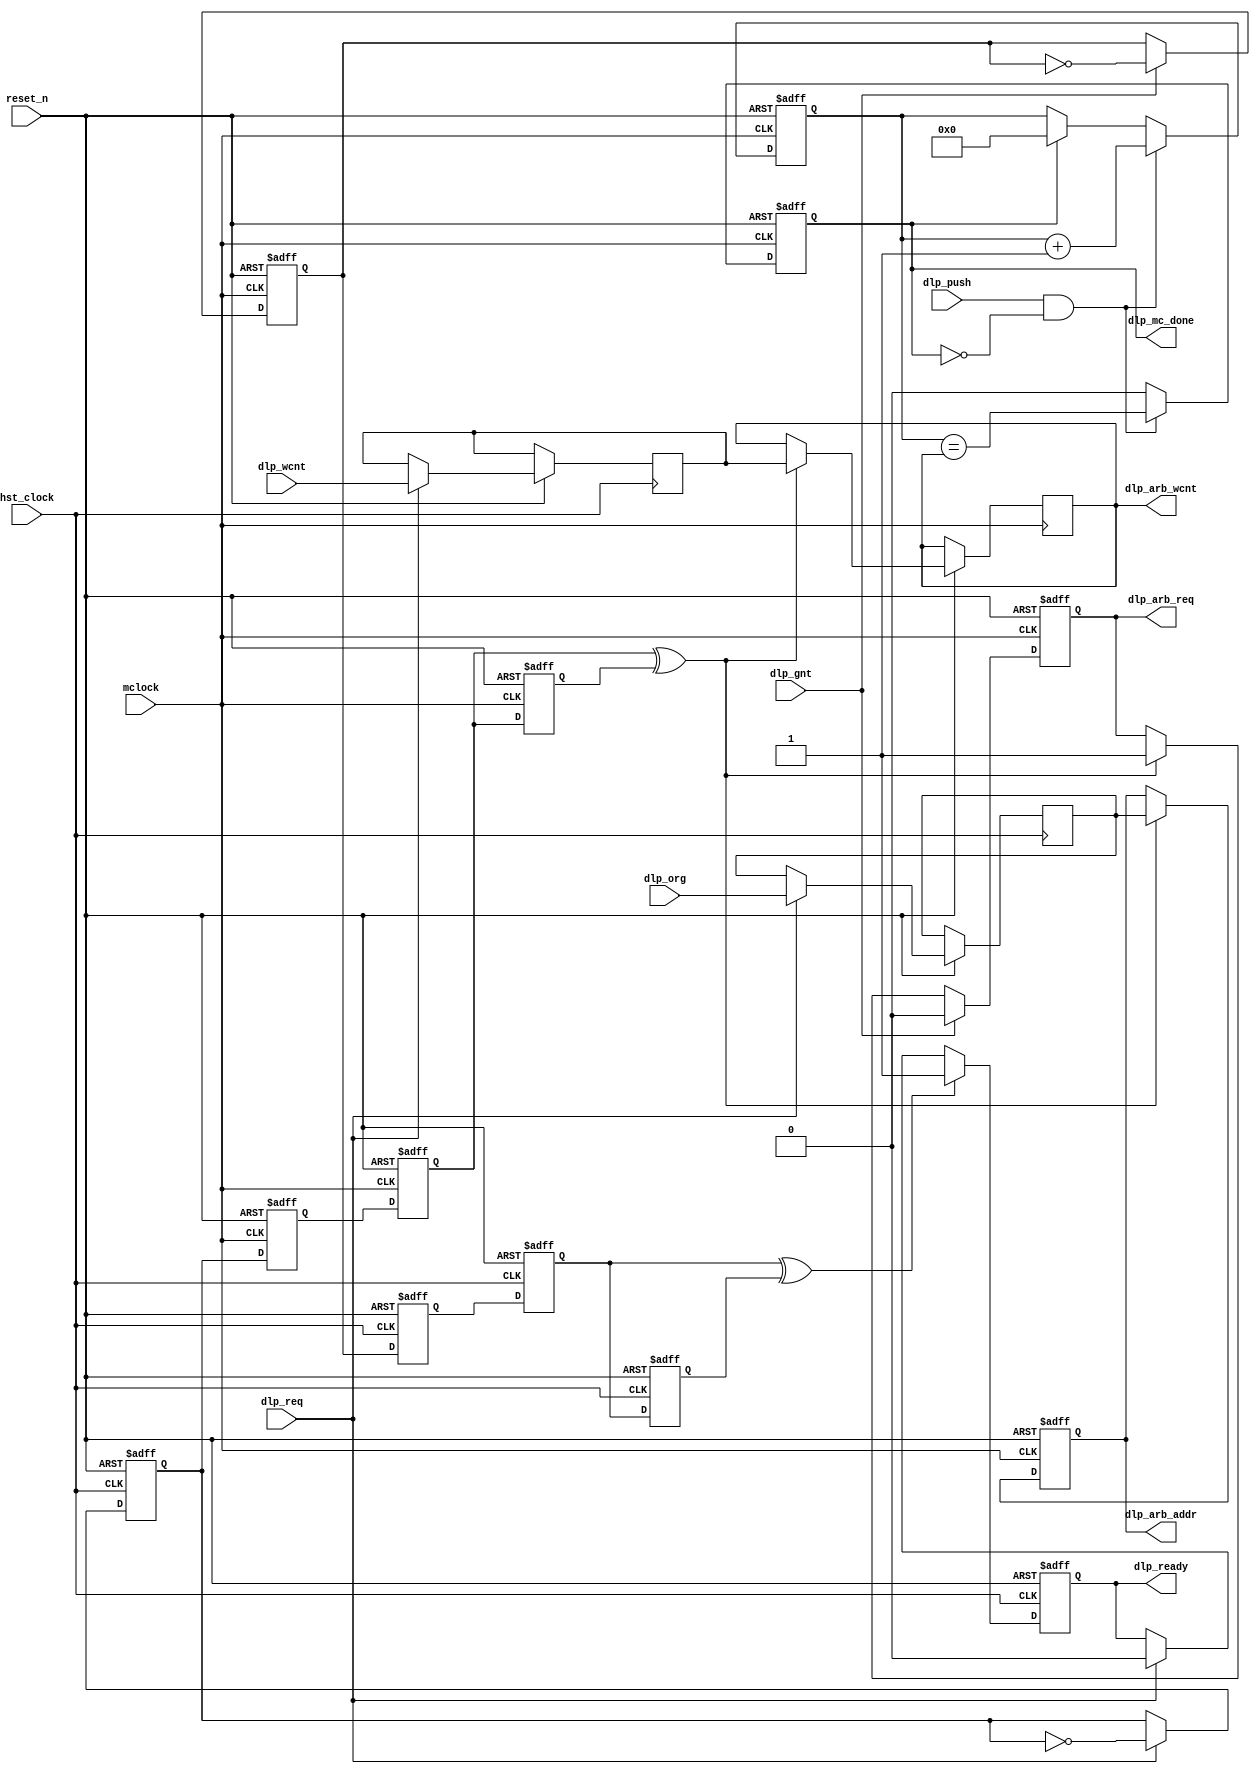
module mc_dlp
  #(parameter           BYTES = 16)
  (
   input                reset_n,
   input                mclock,
   input                hst_clock,
   input                dlp_req,
   input [4:0]          dlp_wcnt,
   input [27:0]         dlp_org,
   input                dlp_gnt,
   input                dlp_push,
   
   output reg           dlp_mc_done,
   output reg           dlp_arb_req,
   output reg [4:0]     dlp_arb_wcnt,
   output reg [27:0]    dlp_arb_addr,
   output reg           dlp_ready
   );
  
  reg [27:0]    capt_org;
  reg [4:0]     capt_wcnt;
  reg           dlp_req_toggle;
  reg           req_sync_1, req_sync_2, req_sync_3;
  reg           dlp_gnt_toggle;
  reg           gnt_sync_1, gnt_sync_2, gnt_sync_3;
  reg [1:0]     request_count;
  reg [4:0]     dlp_count;
  
  localparam    DLP = 3'h1;
  
  // Capture request and control the ready signal
  always @ (posedge hst_clock or negedge reset_n) begin
    if(!reset_n) begin
      dlp_ready      <= 1'b1;
      dlp_req_toggle <= 1'b0;
      gnt_sync_1     <= 1'b0;
      gnt_sync_2     <= 1'b0;
      gnt_sync_3     <= 1'b0;
    end else begin
      if(dlp_req==1'b1) begin
        dlp_req_toggle <= ~dlp_req_toggle;
        capt_org  <= dlp_org;
        capt_wcnt <= dlp_wcnt;
        dlp_ready <= 1'b0;
      end // if (dlp_req==1'b1)
      
      // synchronize the gnt toggle from mclock domain
      gnt_sync_1 <= dlp_gnt_toggle;
      gnt_sync_2 <= gnt_sync_1;
      gnt_sync_3 <= gnt_sync_2;
      
      if(gnt_sync_2 ^ gnt_sync_3) dlp_ready <= 1'b1;
      
    end // else: !if(!reset_n)
  end // always @ (posedge hst_clock or negedge reset_n)

  // Issue requests to the arbiter
  always @ (posedge mclock or negedge reset_n) begin
    if(!reset_n) begin
      dlp_arb_req    <= 1'b0;
      dlp_gnt_toggle <= 1'b0;
      req_sync_1     <= 1'b0;
      req_sync_2     <= 1'b0;
      req_sync_3     <= 1'b0;
      dlp_mc_done    <= 1'b0;
      dlp_arb_addr   <= 28'b0;
      dlp_arb_req    <= 1'b0;
      dlp_count      <= 5'b0;
    end else begin
      req_sync_1 <= dlp_req_toggle;
      req_sync_2 <= req_sync_1;
      req_sync_3 <= req_sync_2;

      if(req_sync_2 ^ req_sync_3) begin
        dlp_arb_addr <= capt_org;
        dlp_arb_req  <= 1'b1;
        dlp_arb_wcnt <= capt_wcnt;
      end // if (req_sync_2==1'b1 && req_sync_3==1'b0)
      
      if(dlp_gnt==1'b1) begin
        dlp_arb_req <= 1'b0;
        dlp_gnt_toggle <= ~dlp_gnt_toggle;
      end // if (dlp_gnt==1'b1)

      if (dlp_push && ~dlp_mc_done)
        	dlp_count <= dlp_count + 5'h1;
      else if(dlp_mc_done)
        	dlp_count <= 5'h0;

      if (dlp_push && ~dlp_mc_done) begin
        if (BYTES == 4)      dlp_mc_done <= &dlp_count;		// FIXME.
        else if (BYTES == 8) dlp_mc_done <= dlp_count[0];	// FIXME.
        else 		     dlp_mc_done <= (dlp_count == dlp_arb_wcnt);
      end 
      else dlp_mc_done <= 1'b0;
      
    end // else: !if(!reset_n)
  end // always @ (posedge mclock or negedge reset_n)

endmodule